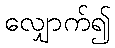
လျှောက်၍